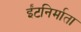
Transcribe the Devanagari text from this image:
ईंटनिर्माता